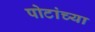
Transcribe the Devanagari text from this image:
पोटांच्या